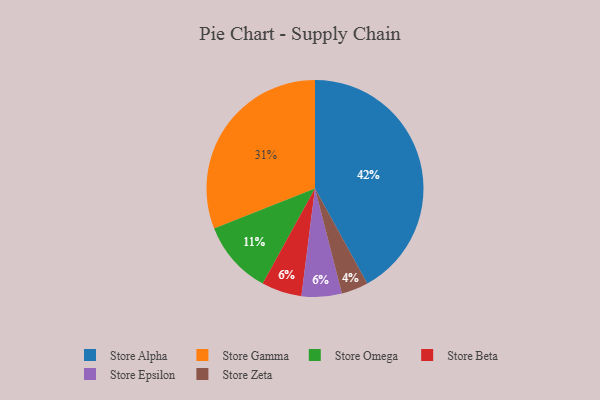
{"axis": {"x": "Category", "y": "Percentage"}, "legend": ["Store Alpha", "Store Beta", "Store Epsilon", "Store Gamma", "Store Omega", "Store Zeta"], "data": [{"x": "Store Beta", "y": 6, "type": "Store Beta"}, {"x": "Store Zeta", "y": 4, "type": "Store Zeta"}, {"x": "Store Alpha", "y": 42, "type": "Store Alpha"}, {"x": "Store Gamma", "y": 31, "type": "Store Gamma"}, {"x": "Store Omega", "y": 11, "type": "Store Omega"}, {"x": "Store Epsilon", "y": 6, "type": "Store Epsilon"}]}